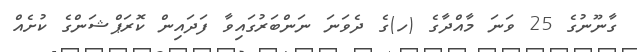
ގާނޫނުގެ 25 ވަނަ މާއްދާގެ (ހ)ގެ ދެވަނަ ނަންބަރުގައިވާ ފަދައިން ކޮރަޕްޝަންގެ ކުށެއް